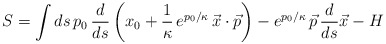
\begin{align*} S = \int ds \, p_0 \, \frac{d}{ds} \left( x_0 + \frac1\kappa\, e^{p_0/\kappa}\, \vec{x}\cdot \vec{p} \right) - e^{p_0/\kappa}\, \vec{p} \, \frac{d}{ds} \vec{x} - H\end{align*}